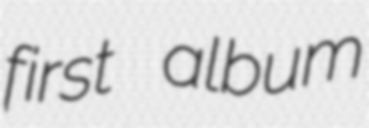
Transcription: first album